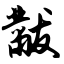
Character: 黻